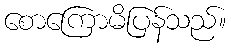
စောကြောမိပြန်သည်။